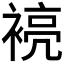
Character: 𮖞